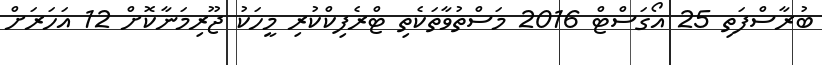
ބުރާސްފަތި 25 އޯގަސްޓް 2016 މަސްތުވާތަކެތި ޓްރެފިކްކުރި މީހަކު ޖޫރިމަނާކޮށް 12 އަހަރަށް